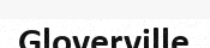
Gloverville